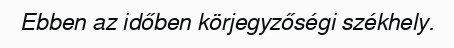
Ebben az időben körjegyzőségi székhely.